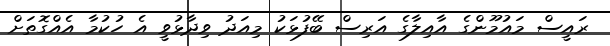
ރައީސް މައުމޫންގެ އާއިލާގެ އަރިސް ބޭފުޅަކު މިއަދު ވިދާޅުވީ އެ ހުކުމާ އެއްގޮތަށް